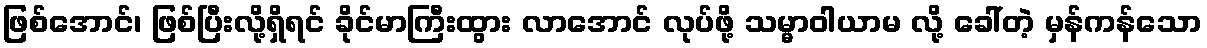
ဖြစ်အောင်၊ ဖြစ်ပြီးလို့ရှိရင် ခိုင်မာကြီးထွား လာအောင် လုပ်ဖို့ သမ္မာဝါယာမ လို့ ခေါ်တဲ့ မှန်ကန်သော